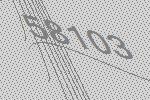
58103